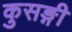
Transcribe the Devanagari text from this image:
कुसङ्गी